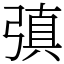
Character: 㣀